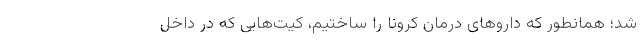
شد؛ همانطور که داروهای درمان کرونا را ساختیم، کیت‌هایی که در داخل